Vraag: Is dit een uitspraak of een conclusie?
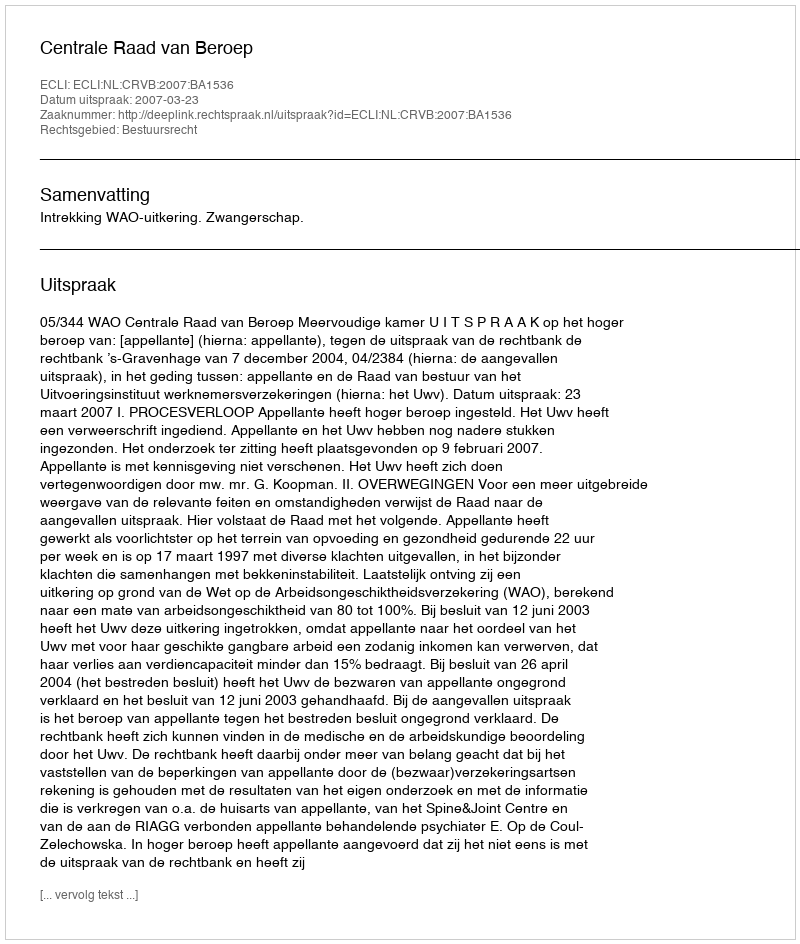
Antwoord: Uitspraak